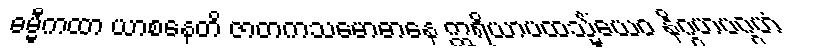
ဓမ္မီကထာ ယာစနေတိ ဇာတကသမောဓာနေ ဣရိယာပထသ္မိံယေဝ နိဂ္ဂဟပဂ္ဂဟံ